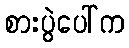
စားပွဲပေါ်က